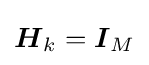
{\boldsymbol {H}}_{k}={\boldsymbol {I}}_{M}